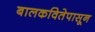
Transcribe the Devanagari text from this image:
बालकवितेपासून